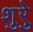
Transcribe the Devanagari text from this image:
शुरेु